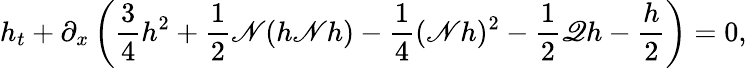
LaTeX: h_{t}+\partial_{x}\left(\frac{3}{4}h^{2}+\frac{1}{2}\mathscr{N}(h\mathscr{N}h)-\frac{1}{4}(\mathscr{N}h)^{2}-\frac{1}{2}\mathscr{Q}h-\frac{h}{2}\right)=0,